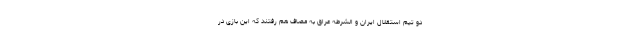
دو تیم استقلال ایران و الشرطه عراق به مصاف هم رفتند که این بازی در